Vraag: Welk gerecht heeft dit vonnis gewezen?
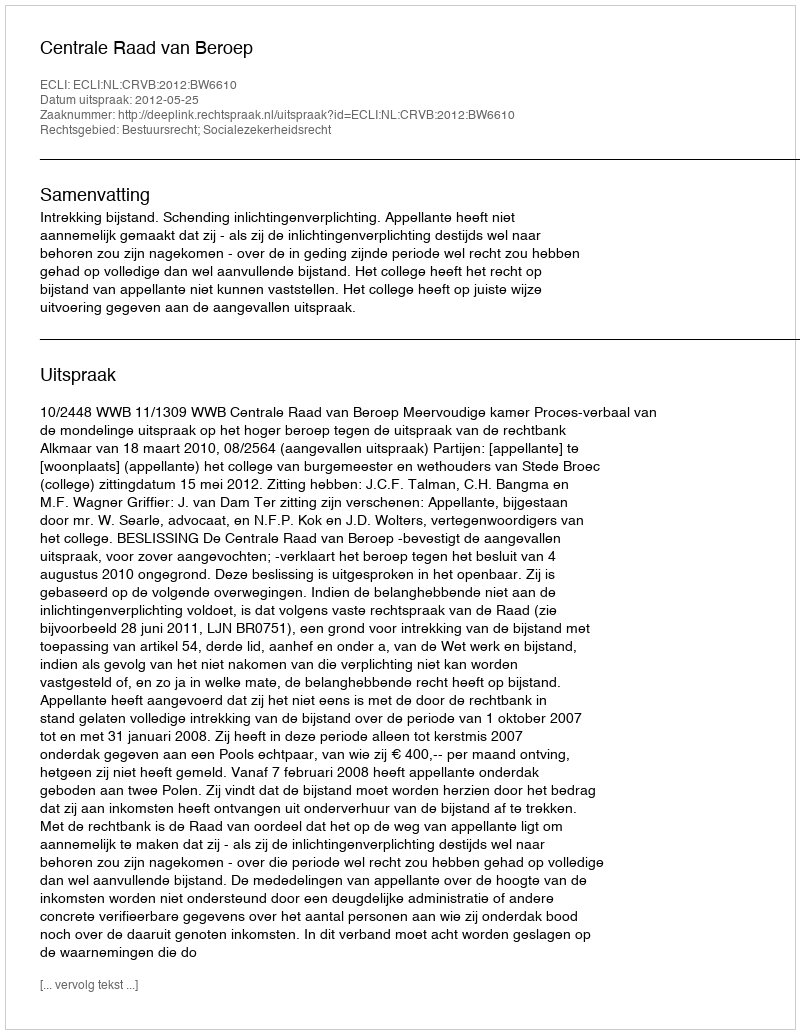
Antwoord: Centrale Raad van Beroep